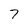
Character: 7